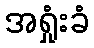
အရှုံးခံ